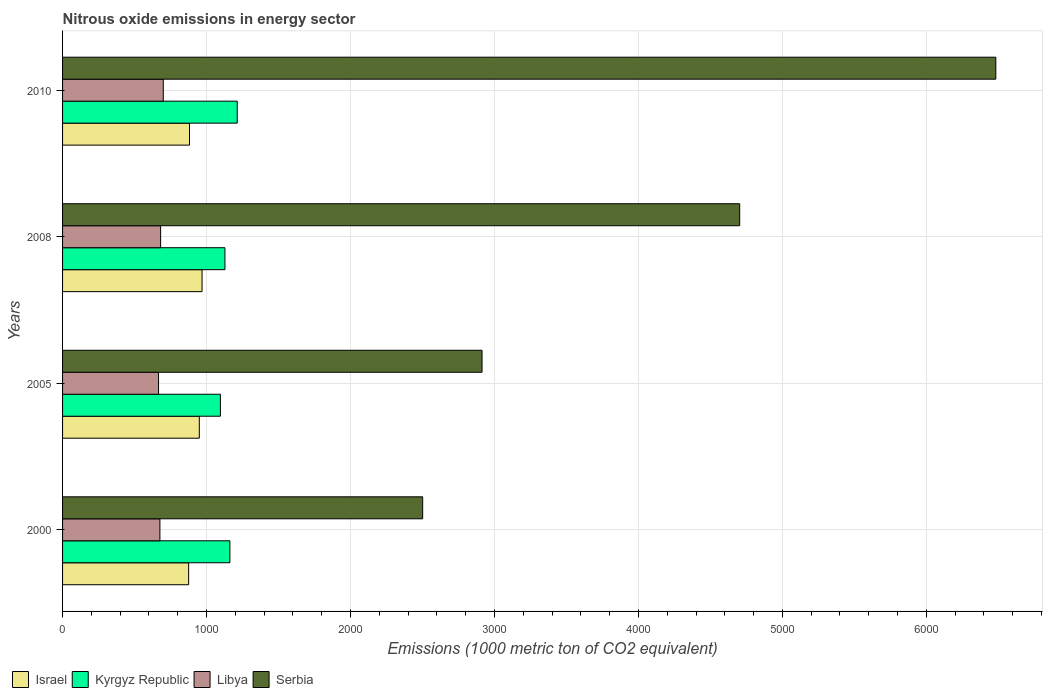
| Years | Israel | Kyrgyz Republic | Libya | Serbia |
 | --- | --- | --- | --- | --- |
 | 2000 | 876 | 1.16e+03 | 676 | 2.5e+03 |
 | 2005 | 950 | 1.1e+03 | 667 | 2.91e+03 |
 | 2008 | 969 | 1.13e+03 | 681 | 4.7e+03 |
 | 2010 | 882 | 1.21e+03 | 700 | 6.48e+03 |